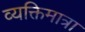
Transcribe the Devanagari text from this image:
व्यक्तिमात्रा